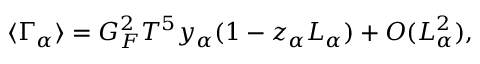
\langle \Gamma _ { \alpha } \rangle = G _ { F } ^ { 2 } T ^ { 5 } y _ { \alpha } ( 1 - z _ { \alpha } L _ { \alpha } ) + O ( L _ { \alpha } ^ { 2 } ) ,